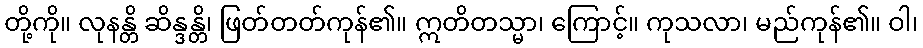
တို့ကို။ လုနန္တိ ဆိန္ဒန္တိ၊ ဖြတ်တတ်ကုန်၏။ ဣတိတသ္မာ၊ ကြောင့်။ ကုသလာ၊ မည်ကုန်၏။ ဝါ၊